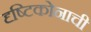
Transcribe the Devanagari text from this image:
दृष्टिकोनाची